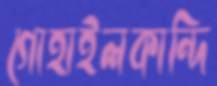
গোহাইলকান্দি